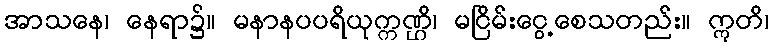
အာသနေ၊ နေရာ၌။ မနာနပပရိယုက္ကဏ္ဌိ၊ မငြိမ်းငွေ့စေသတည်း။ ဣတိ၊